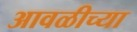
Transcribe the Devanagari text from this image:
आवळीच्या